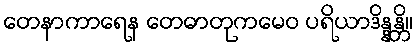
တေနာကာရေန တေဓာတုကမေဝ ပရိယာဒိန္နန္တိ။